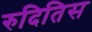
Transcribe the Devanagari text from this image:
रुदितिस